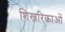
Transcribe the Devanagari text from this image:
शिखरिकाओं